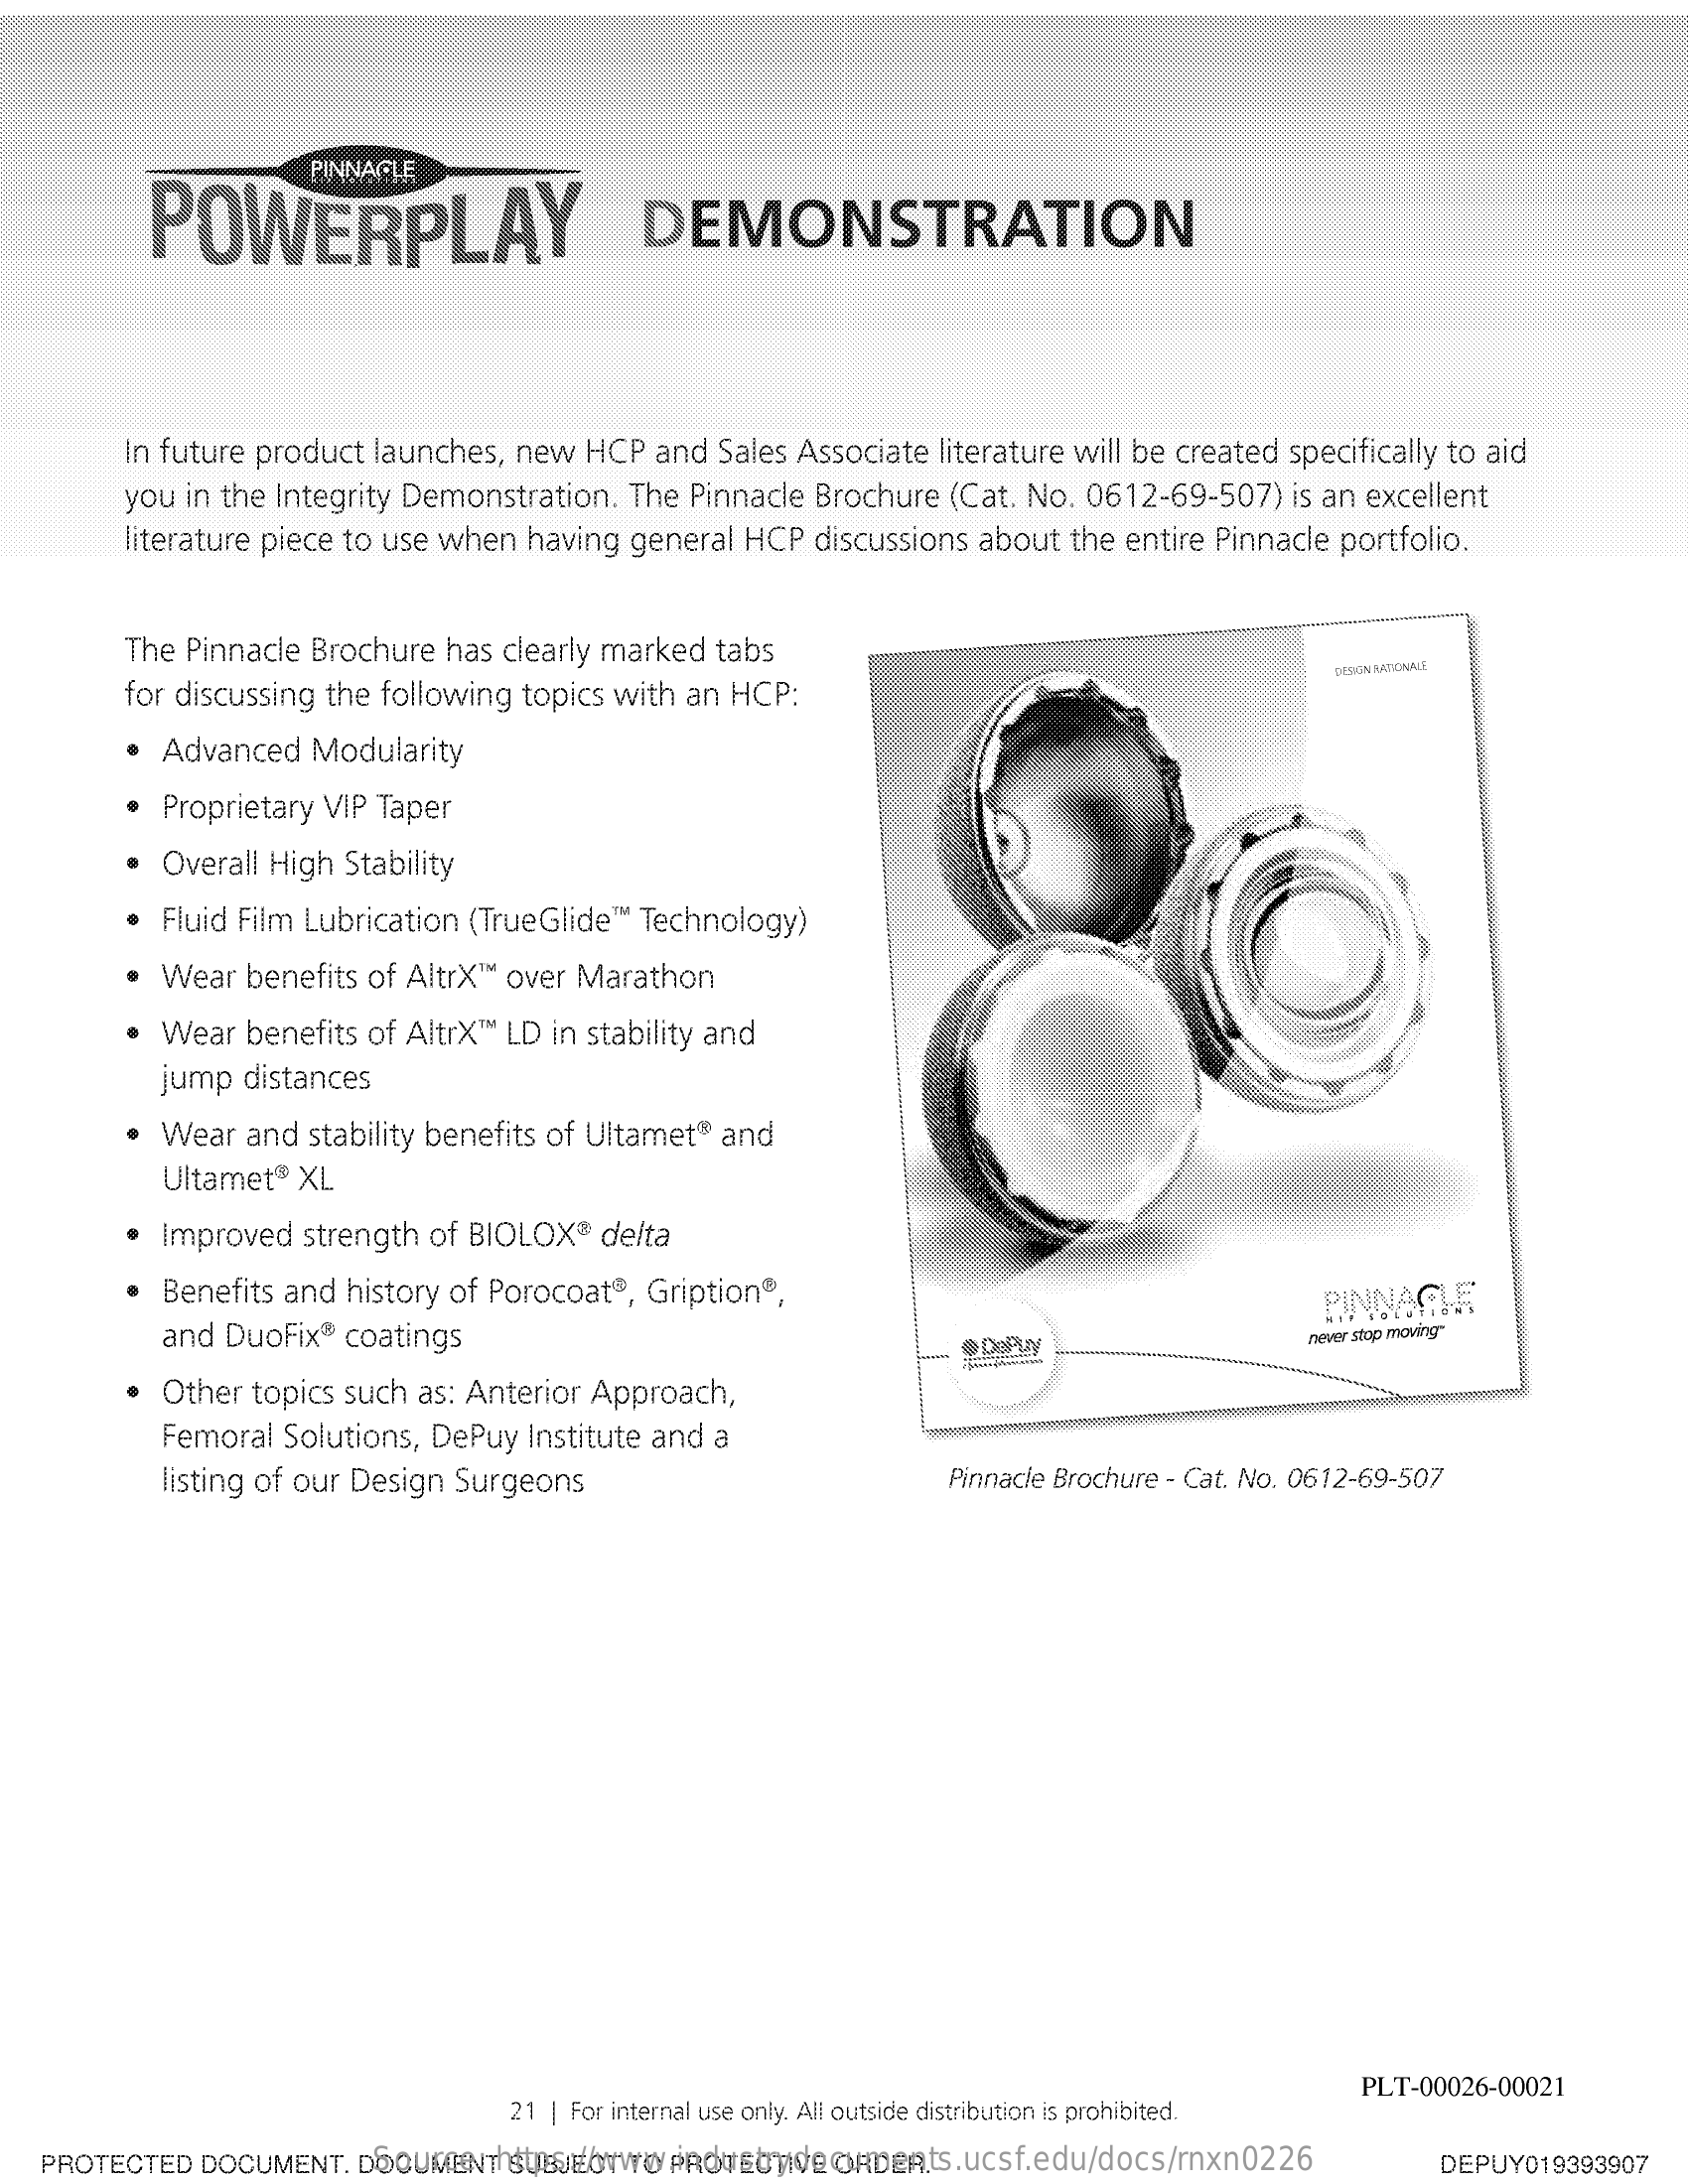
PINNACLE
     POWERPLAY    DEMONSTRATION
     In future product  launches, new   HCP  and  Sales Associate  literature will be created specifically to aid
     you in the Integrity Demonstration.   The  Pinnacle  Brochure  (Cat. No. 0612-69-507)    is an excellent
     literature piece to use when  having  general  HCP   discussions about  the entire Pinnacle  portfolio.
     The Pinnacle  Brochure  has  clearly marked  tabs
     for discussing the following  topics with  an HCP:
     DESIGN RATIONALE
     · Advanced    Modularity
     Proprietary  VIP Taper
     · Overall  High  Stability
     · Fluid Film Lubrication  (TrueGlide ™ " Technology)
     · Wear   benefits of AltrX ™ over Marathon
     · Wear   benefits of AltrX ™ LD in stability and
     jump  distances
     Wear   and  stability benefits of Ultamet® and
     Ultamet®  XL
     Improved   strength  of BIOLOX®   delta
     · Benefits  and  history of Porocoat®,  Gription®,
     and DuoFix®  coatings
     PINNA
     never stop moving"
     · Other  topics such  as: Anterior Approach,
     Femoral  Solutions, DePuy   Institute and a
     listing of our Design Surgeons    Pinnacle Brochure - Cat. No. 0612-69-507
     21 | For internal use only. All outside distribution is prohibited.
     PLT-00026-00021
     Source:   https://www.industrydocuments.ucsf.edu/docs/rnxn0226 PROTECTED DOCUMENT. DOCUMENT SUBJECT TO PROTECTIVE ORDER. DEPUY019393907